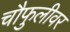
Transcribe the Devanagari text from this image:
चौफुलीवर